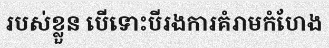
របស់ខ្លួន បើទោះបីរងការគំរាមកំហែង